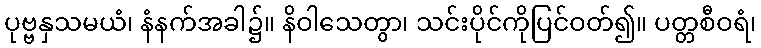
ပုဗ္ဗနှသမယံ၊ နံနက်အခါ၌။ နိဝါသေတွာ၊ သင်းပိုင်ကိုပြင်ဝတ်၍။ ပတ္တစီဝရံ၊